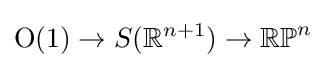
{\mbox{O}}(1)\to S(\mathbb {R} ^{n+1})\to \mathbb {RP} ^{n}